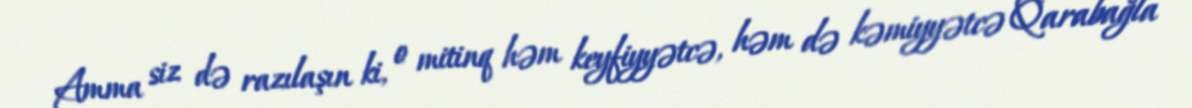
Amma siz də razılaşın ki, o mitinq həm keyfiyyətcə, həm də kəmiyyətcə Qarabağla